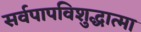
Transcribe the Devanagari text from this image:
सर्वपापविशुद्धात्मा